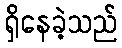
ရှိနေခဲ့သည်